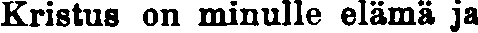
Kristus on minulle elämä ja